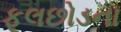
ફૂલછોડના